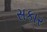
સકાર